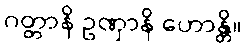
ဂတ္တာနိ ဥဏှာနိ ဟောန္တိ။